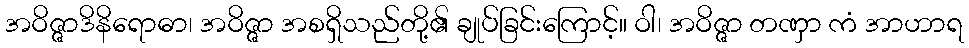
အဝိဇ္ဇာဒိနိရောဓာ၊ အဝိဇ္ဇာ အစရှိသည်တို့၏ ချုပ်ခြင်းကြောင့်။ ဝါ၊ အဝိဇ္ဇာ တဏှာ ကံ အာဟာရ